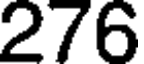
276